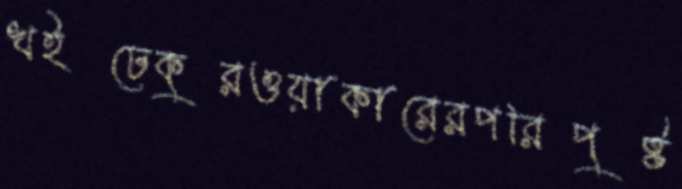
খইঢেকুরওয়াকারেরপরিপুষ্ট